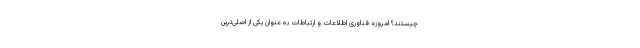
چیستند؟ امروزه فناوری اطلاعات و ارتباطات به عنوان یکی از اصلی‌ترین